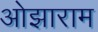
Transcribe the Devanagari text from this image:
ओझाराम